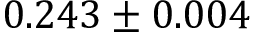
0 . 2 4 3 \pm 0 . 0 0 4